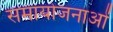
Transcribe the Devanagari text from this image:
समायोजनाओं